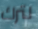
لترك